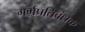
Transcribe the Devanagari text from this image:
गर्भप्रतिबंधक